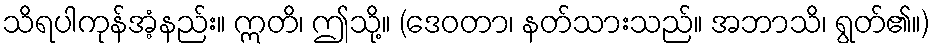
သိရပါကုန်အံ့နည်း။ ဣတိ၊ ဤသို့။ (ဒေဝတာ၊ နတ်သားသည်။ အဘာသိ၊ ရွတ်၏။)